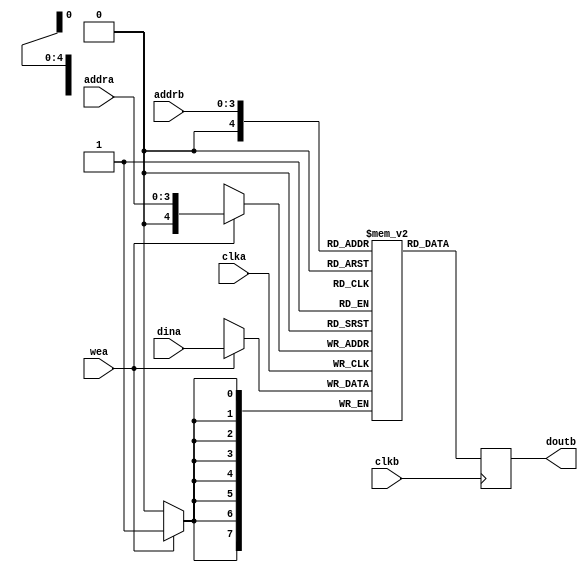
module blk_mem #(
  parameter DATA_WIDTH    = 8,
  parameter ADDRESS_WIDTH = 4
)(
  input                             clka,
  input                             wea,
  input   [ADDRESS_WIDTH - 1  :0]   addra,
  input   [DATA_WIDTH - 1:0]        dina,
  input                             clkb,
  input   [ADDRESS_WIDTH - 1:0]     addrb,
  output  [DATA_WIDTH - 1:0]        doutb
);

//Parameters
//Registers/Wires
reg [DATA_WIDTH - 1:0] mem [0:2 ** ADDRESS_WIDTH];
reg [DATA_WIDTH - 1:0] dout;

//Submodules
//Asynchronous Logic
assign doutb = dout;

//Synchronous Logic
//write only on the A side
`ifdef SIMULATION
//Only initialize in simulation... somthing gets fucked when you try and do it on an FPGA
integer i;
initial begin
  i = 0;
  for (i = 0; i < (2 ** ADDRESS_WIDTH); i = i + 1) begin
    mem[i]  <=  0;
  end
end
`endif

always @ (posedge clka)
begin
  if ( wea ) begin
     mem[addra] <= dina;
  end
end

//read only on the b side
always @ (posedge clkb)
begin
     dout <= mem[addrb];
end


endmodule